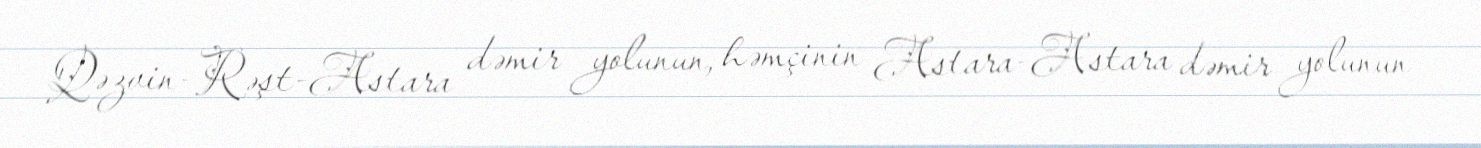
Qəzvin-Rəşt-Astara dəmir yolunun, həmçinin Astara-Astara dəmir yolunun